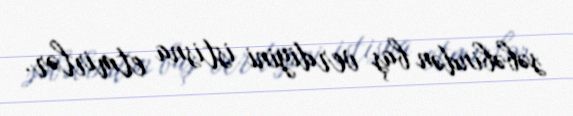
səbəbindən baş verdiyini istisna etmirlər.